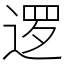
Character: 逻